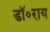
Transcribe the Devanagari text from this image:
डॉ॰राय